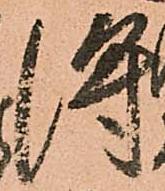
得